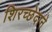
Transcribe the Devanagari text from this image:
शिरच्छेदाने